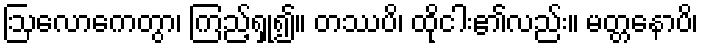
ဩလောကေတွာ၊ ကြည့်ရှု၍။ တဿပိ၊ ထိုငါး၏လည်း။ မတ္တနောပိ၊